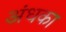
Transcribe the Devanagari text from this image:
अंधका